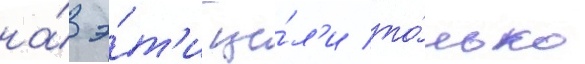
на́ э́т'и це́л'и то́лько